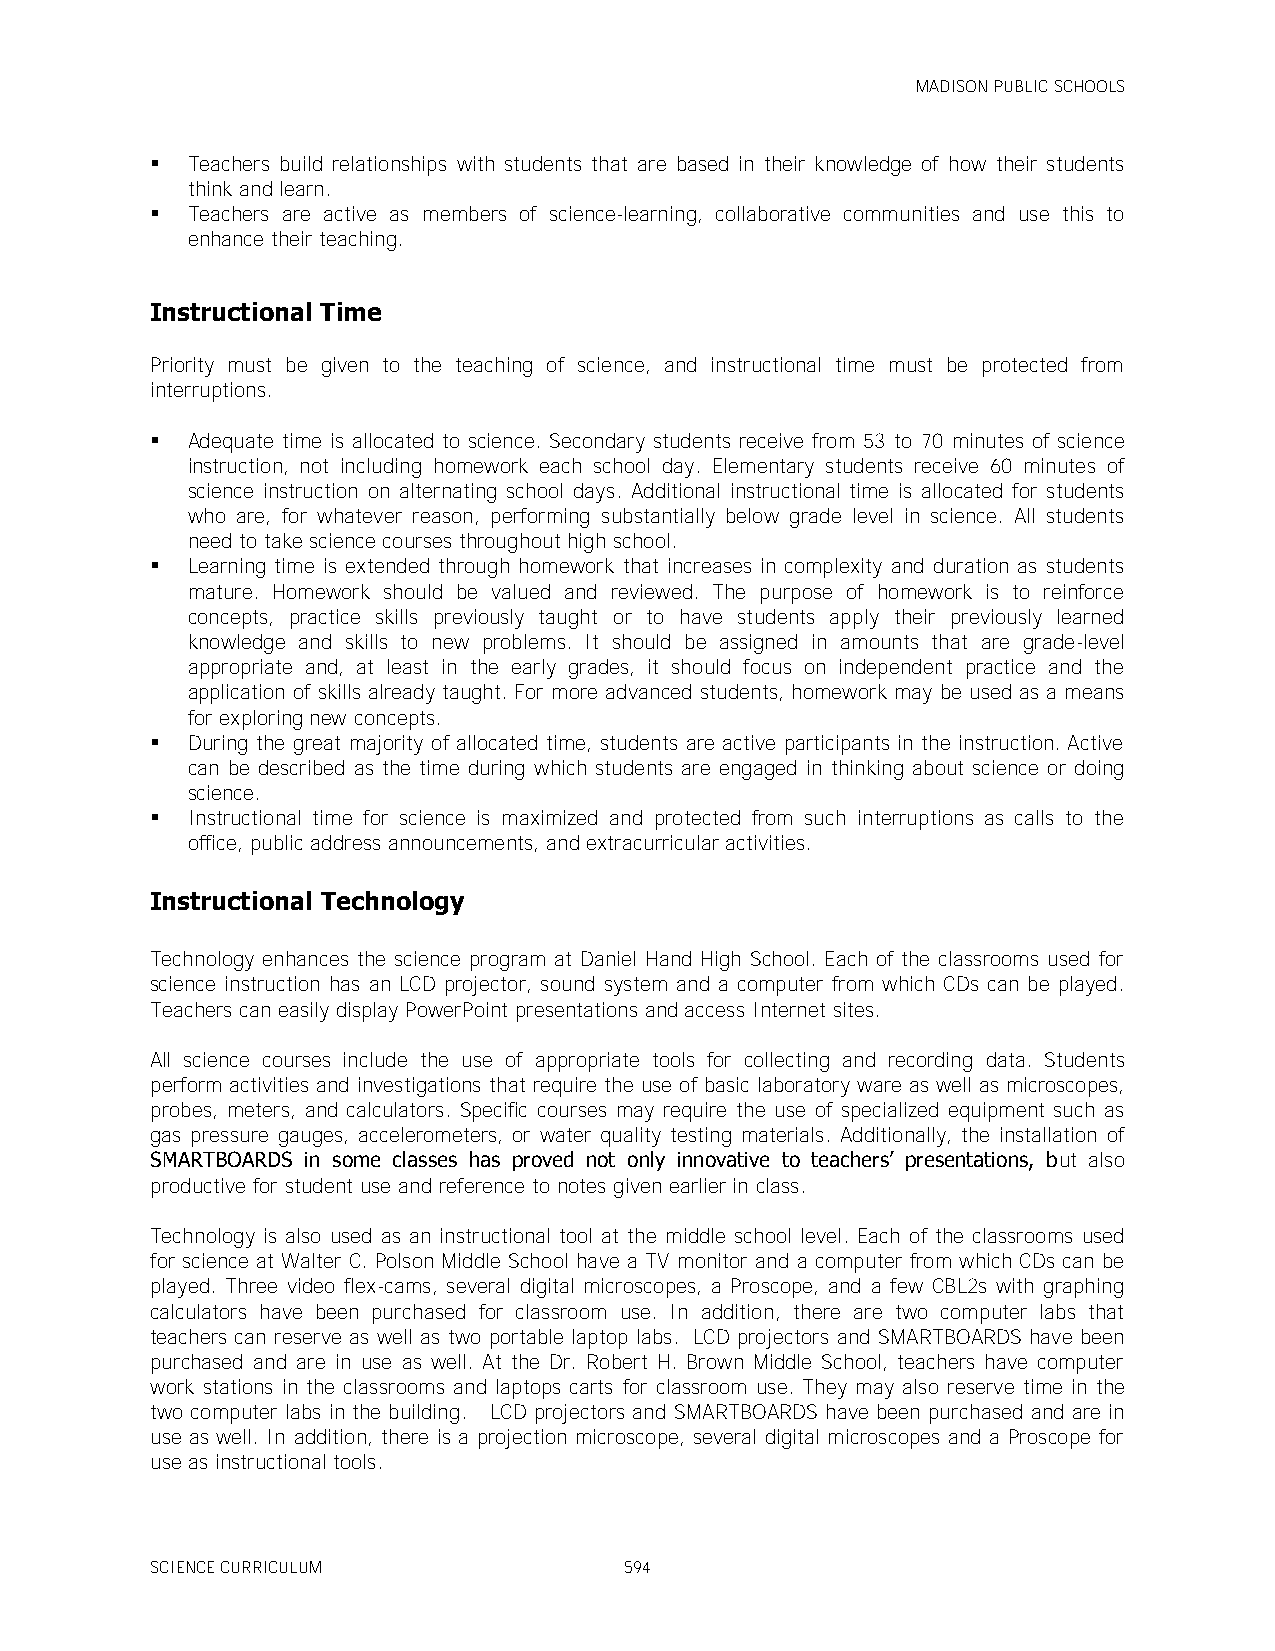
MADISON PUBLIC SCHOOLS
  Teachers build relationships with students that are based in their knowledge of how their students
 think and learn.
  Teachers are active as members of science-learning, collaborative communities and use this to
 enhance their teaching.
 Instructional Time
 Priority must be given to the teaching of science, and instructional time must be protected from
 interruptions.
  Adequate time is allocated to science. Secondary students receive from 53 to 70 minutes of science
 instruction, not including homework each school day. Elementary students receive 60 minutes of
 science instruction on alternating school days. Additional instructional time is allocated for students
 who are, for whatever reason, performing substantially below grade level in science. All students
 need to take science courses throughout high school.
  Learning time is extended through homework that increases in complexity and duration as students
 mature. Homework should be valued and reviewed. The purpose of homework is to reinforce
 concepts, practice skills previously taught or to have students apply their previously learned
 knowledge and skills to new problems. It should be assigned in amounts that are grade-level
 appropriate and, at least in the early grades, it should focus on independent practice and the
 application of skills already taught. For more advanced students, homework may be used as a means
 for exploring new concepts.
  During the great majority of allocated time, students are active participants in the instruction. Active
 can be described as the time during which students are engaged in thinking about science or doing
 science.
  Instructional time for science is maximized and protected from such interruptions as calls to the
 office, public address announcements, and extracurricular activities.
 Instructional Technology
 Technology enhances the science program at Daniel Hand High School. Each of the classrooms used for
 science instruction has an LCD projector, sound system and a computer from which CDs can be played.
 Teachers can easily display PowerPoint presentations and access Internet sites.
 All science courses include the use of appropriate tools for collecting and recording data. Students
 perform activities and investigations that require the use of basic laboratory ware as well as microscopes,
 probes, meters, and calculators. Specific courses may require the use of specialized equipment such as
 gas pressure gauges, accelerometers, or water quality testing materials. Additionally, the installation of
 SMARTBOARDS in some classes has proved not only innovative to teachers’ presentations, but also
 productive for student use and reference to notes given earlier in class.
 Technology is also used as an instructional tool at the middle school level. Each of the classrooms used
 for science at Walter C. Polson Middle School have a TV monitor and a computer from which CDs can be
 played. Three video flex-cams, several digital microscopes, a Proscope, and a few CBL2s with graphing
 calculators have been purchased for classroom use. In addition, there are two computer labs that
 teachers can reserve as well as two portable laptop labs. LCD projectors and SMARTBOARDS have been
 purchased and are in use as well. At the Dr. Robert H. Brown Middle School, teachers have computer
 work stations in the classrooms and laptops carts for classroom use. They may also reserve time in the
 two computer labs in the building. LCD projectors and SMARTBOARDS have been purchased and are in
 use as well. In addition, there is a projection microscope, several digital microscopes and a Proscope for
 use as instructional tools.
 SCIENCE CURRICULUM             594